Annual statistical returns and brief notes on vaccination in Bengal - 1887-1898
Year: 1887
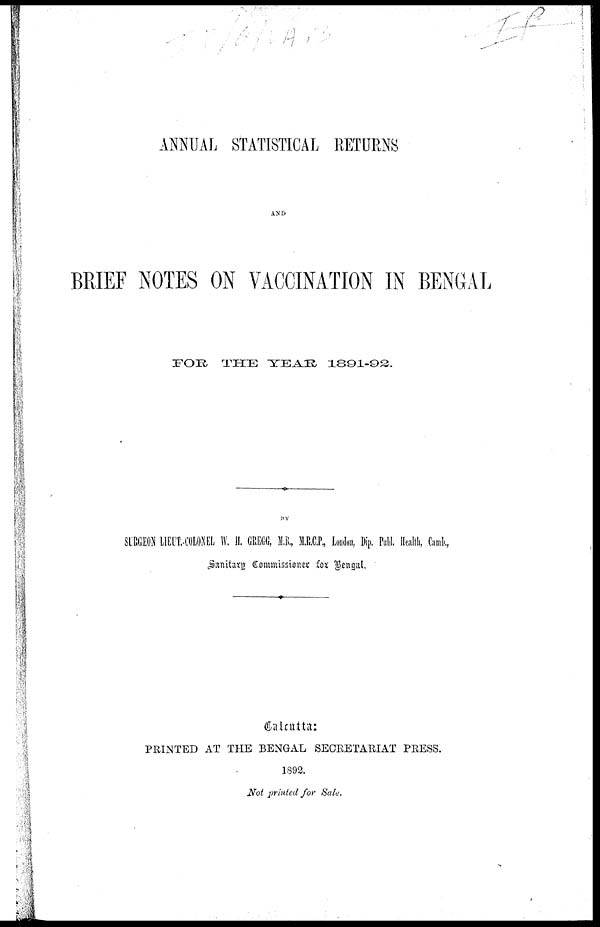
ANNUAL STATISTICAL RETURNS
AND
BRIEF NOTES ON VACCINATION IN BENGAL
FOR THE YEAR 1891-92.
BY
SURGEON LIEUT-COLONEL W. H. GREGG, M.B., M.R.C.P., London, Dip. Publ. Health, Camb.,
Sanitary Commissioner for Bengal.
Calcutta:
PRINTED AT THE BENGAL SECRETARIAT PRESS.
1892.
Not printed for Sale.